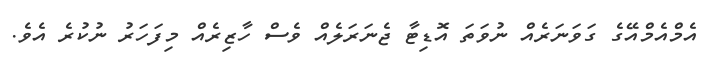
އެމްއެމްއޭގެ ގަވަނަރެއް ނުވަތަ އޮޑިޓާ ޖެނަރަލެއް ވެސް ހާޒިރެއް މިފަހަރު ނުކުރެ އެވެ.